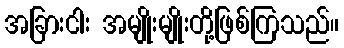
အခြားငါး အမျိုးမျိုးတို့ဖြစ်ကြသည်။